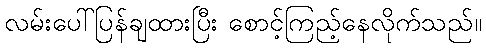
လမ်းပေါ်ပြန်ချထားပြီး စောင့်ကြည့်နေလိုက်သည်။